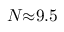
N { \approx } 9 . 5